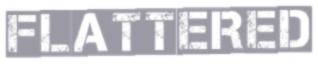
FLATTERED